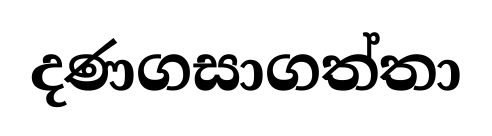
දණගසාගත්තා